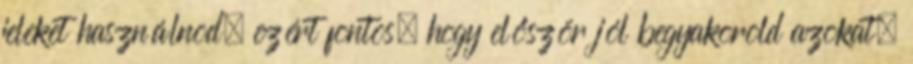
jeleket használnod, ezért fontos, hogy először jól begyakorold azokat.